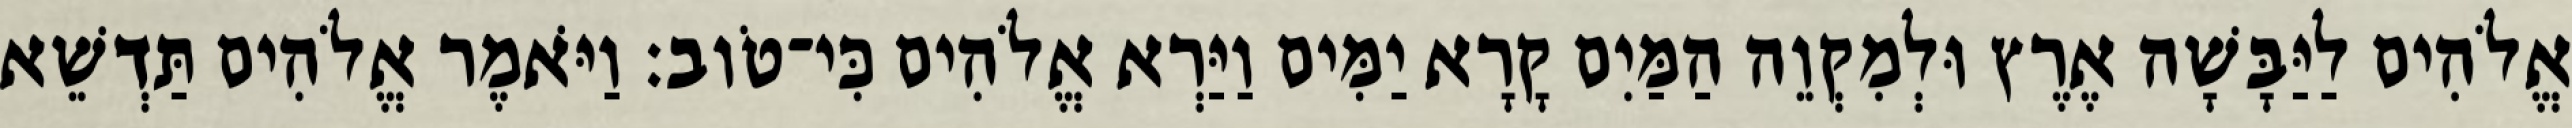
אֱלֹהִים לַיַּבָּשָׁה אֶרֶץ וּלְמִקְוֵה הַמַּיִם קָרָא יַמִּים וַיַּרְא אֱלֹהִים כִּי־טֹוב׃ וַיֹּאמֶר אֱלֹהִים תַּדְשֵׁא